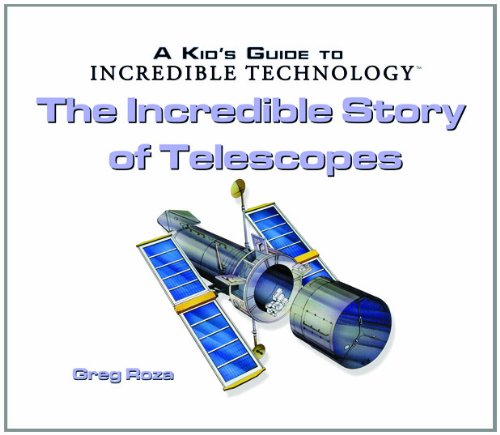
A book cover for The Incredible Story of Telescopes (Kid's Guide to Incredible Technology); Greg Roza; Science & Math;